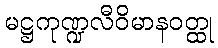
မဋ္ဌကုဏ္ဍလီဝိမာနဝတ္ထု